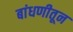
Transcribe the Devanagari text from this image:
बांधणीतून